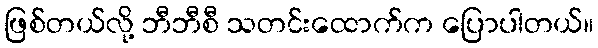
ဖြစ်တယ်လို့ ဘီဘီစီ သတင်းထောက်က ပြောပါတယ်။